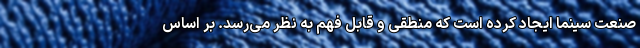
صنعت سینما ایجاد کرده است که منطقی و قابل فهم به نظر می‌رسد. بر اساس